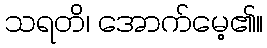
သရတိ၊ အောက်မေ့၏။